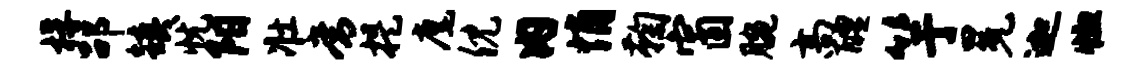
桴劭镇忧阳壮常提麾倪内悄鞠窗腕高醴竽冕迦恤